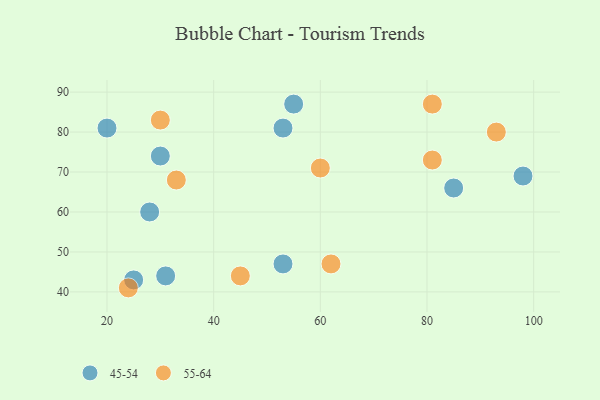
{"axis": {"x": "GDP", "y": "Life Expectancy"}, "legend": ["45-54", "55-64"], "data": [{"x": "31", "y": 44, "type": "45-54"}, {"x": "30", "y": 74, "type": "45-54"}, {"x": "98", "y": 69, "type": "45-54"}, {"x": "25", "y": 43, "type": "45-54"}, {"x": "20", "y": 81, "type": "45-54"}, {"x": "85", "y": 66, "type": "45-54"}, {"x": "28", "y": 60, "type": "45-54"}, {"x": "53", "y": 81, "type": "45-54"}, {"x": "53", "y": 47, "type": "45-54"}, {"x": "55", "y": 87, "type": "45-54"}, {"x": "30", "y": 83, "type": "55-64"}, {"x": "62", "y": 47, "type": "55-64"}, {"x": "45", "y": 44, "type": "55-64"}, {"x": "81", "y": 73, "type": "55-64"}, {"x": "81", "y": 87, "type": "55-64"}, {"x": "93", "y": 80, "type": "55-64"}, {"x": "24", "y": 41, "type": "55-64"}, {"x": "60", "y": 71, "type": "55-64"}, {"x": "33", "y": 68, "type": "55-64"}]}